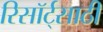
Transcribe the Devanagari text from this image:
रिसॉर्ट्‌साठी